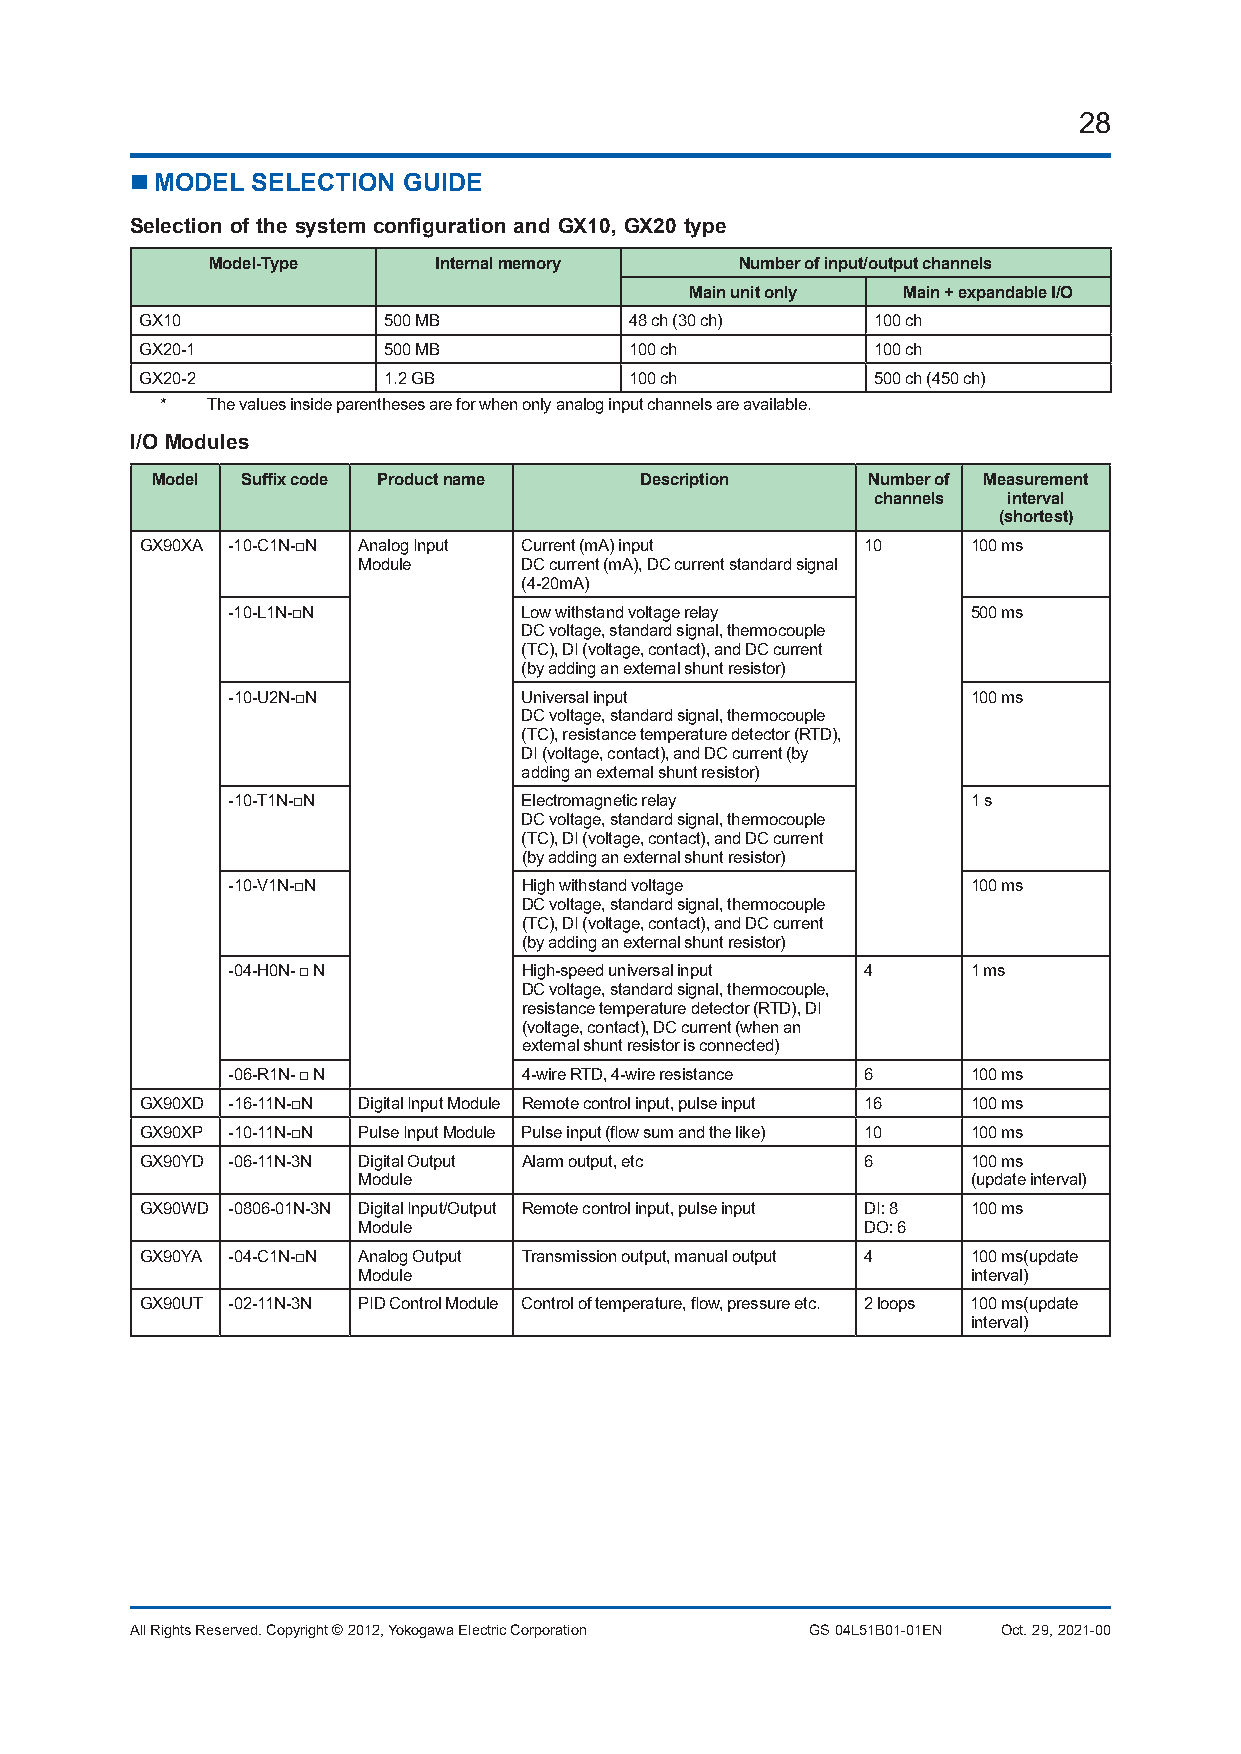
28
  MODEL SELECTION GUIDE
 Selection of the system configuration and GX10, GX20 type
 Model-Type     Internal memory     Number of input/output channels
 Main unit only Main + expandable I/O
 GX10            500 MB           48 ch (30 ch)   100 ch
 GX20-1          500 MB           100 ch          100 ch
 GX20-2          1.2 GB           100 ch          500 ch (450 ch)
 *  The values inside parentheses are for when only analog input channels are available.
 I/O Modules
 Model Suffix code Product name  Description    Number of Measurement
 channels interval
 (shortest)
 GX90XA -10-C1N-□N Analog Input Current (mA) input 10   100 ms
 Module    DC current (mA), DC current standard signal
 (4-20mA)
 -10-L1N-□N         Low withstand voltage relay   500 ms
 DC voltage, standard signal, thermocouple
 (TC), DI (voltage, contact), and DC current
 (by adding an external shunt resistor)
 -10-U2N-□N          Universal input              100 ms
 DC voltage, standard signal, thermocouple
 (TC), resistance temperature detector (RTD),
 DI (voltage, contact), and DC current (by
 adding an external shunt resistor)
 -10-T1N-□N          Electromagnetic relay        1 s
 DC voltage, standard signal, thermocouple
 (TC), DI (voltage, contact), and DC current
 (by adding an external shunt resistor)
 -10-V1N-□N          High withstand voltage       100 ms
 DC voltage, standard signal, thermocouple
 (TC), DI (voltage, contact), and DC current
 (by adding an external shunt resistor)
 -04-H0N- □ N        High-speed universal input 4 1 ms
 DC voltage, standard signal, thermocouple,
 resistance temperature detector (RTD), DI
 (voltage, contact), DC current (when an
 external shunt resistor is connected)
 -06-R1N- □ N        4-wire RTD, 4-wire resistance 6 100 ms
 GX90XD -16-11N-□N Digital Input Module Remote control input, pulse input 16 100 ms
 GX90XP -10-11N-□N Pulse Input Module Pulse input (flow sum and the like) 10 100 ms
 GX90YD -06-11N-3N Digital Output Alarm output, etc 6   100 ms
 Module                                  (update interval)
 GX90WD -0806-01N-3N Digital Input/Output Remote control input, pulse input DI: 8 100 ms
 Module                           DO: 6
 GX90YA -04-C1N-□N Analog Output Transmission output, manual output 4 100 ms(update
 Module                                  interval)
 GX90UT -02-11N-3N PID Control Module Control of temperature, flow, pressure etc. 2 loops 100 ms(update
 interval)
 All Rights Reserved. Copyright © 2012, Yokogawa Electric Corporation GS 04L51B01-01EN Oct. 29, 2021-00